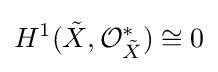
H^{1}({\tilde {X}},{\mathcal {O}}_{\tilde {X}}^{*})\cong 0